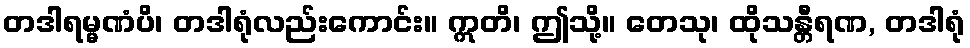
တဒါရမ္မဏံပိ၊ တဒါရုံလည်းကောင်း။ ဣတိ၊ ဤသို့။ တေသု၊ ထိုသန္တီရဏ, တဒါရုံ